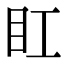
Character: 𥃽